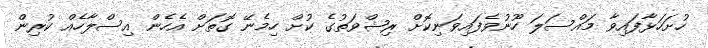
ހުށަހަޅާފައިވާ މައްސަލަ ހޫނުވެފައިވަނިކޮށް ރިޝްވަތުގެ ކުށް ހިމެނޭ ގޮތަށް އެހެން އިސްލާހެއް ކުރިން